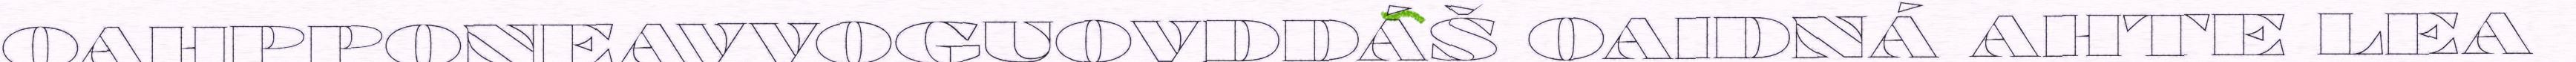
OAHPPONEAVVOGUOVDDÁŠ OAIDNÁ AHTE LEA